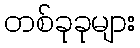
တစ်ခုခုများ